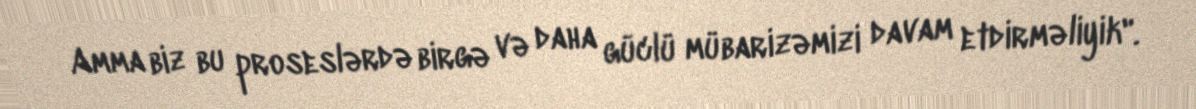
Amma biz bu proseslərdə birgə və daha güclü mübarizəmizi davam etdirməliyik".